King Institute of Preventive Medicine Micro-Biological Section reports 1909-11
Year: 1909
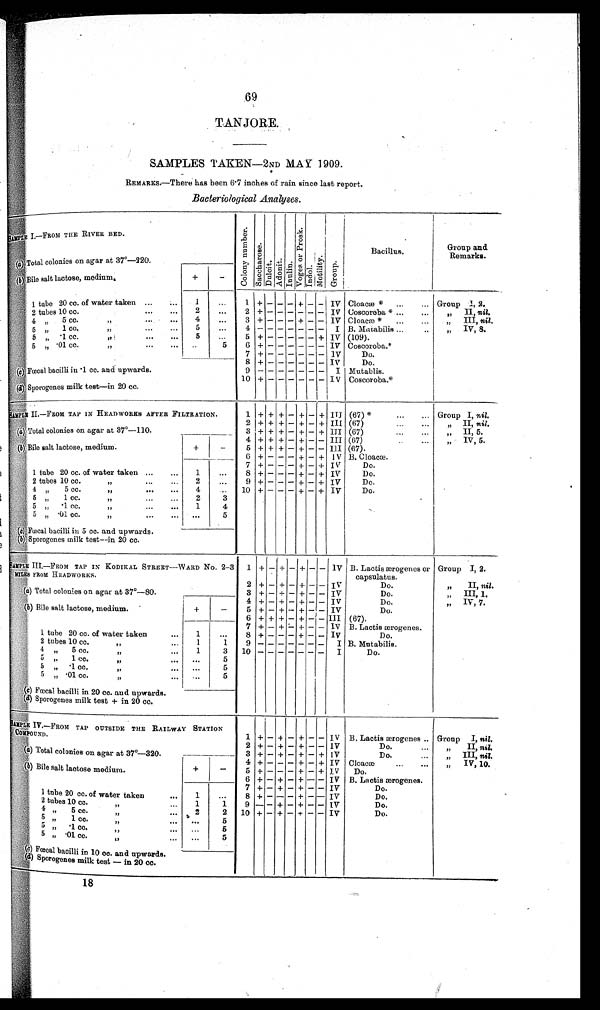
69
TANJORE.
SAMPLES TAKEN—2ND MAY 1909.
REMARKS.—There has been 6.7 inches of rain since last report.
Bacteriological Analyses.
SAMPLE I. —FROM THE RIVER BED.
C o l o n y n u m b e r .
S a c c h a r o s e .
Dul oni t . Ad o n i t . I n u l i n .
V o g e s o r P r o s k .
I ndol .
Mo t i l i t y .
G r o u p.
Bacillus.
Group an
d Remarks.
(a) Total colonies on agar at 37°—220.
(b) Bile salt lactose, medium
.
+
—
1 tube 20 cc. of water taken. ...
1
1 + — — —
+ — — IV Cloacæ * ...
... Group I, 2.
2 tubes 10 cc.
...
... 2
...
2 +
— —_———— IV Coscoroba * ...
• .
„ II, nil.
4
„
5 cc.
"
... 4
...
3 + — — — + — — IV Cloacæ * ...
...
„ III, nil.
5
„ 1 cc.
,,
...
...
5
...
4 —————— — B. Mucabilis ...
..
„ IV, 8.
5
„ .1 cc.
" ... ...
5
...
5 + + ———— + IV (109).
5
„ . 0 1 c c .
" ...
...
... ..
5
6 + —————— IV Coscoroba.*
7 + —+‘ — ————— IV
Do.
8 + ‘—————— IV
Do.
(c) Fœcal bacilli in .1 cc. and upwards.
9 ——————— I Mutablis.
10 +
—
—————
IV Coscoroba.*
(d ) Sporogenes milk test—in 20 cc.
S A M P L EI I . — F R O M T A P I N H E A D W O R K S A F T E R F I L T R A T I O N .
1 + + + — + — + III (67) *
...
... Group I, nil.
2 + + + — + — + III (67)
...
...
„ II, nil.
(a) Total colonies on agar at 37°—110.
3 + + + — + — + III (67)
II, 5.
4 + + + — + — — III (67)
..
...
„ IV, 5.
(b)Bile salt lactose, medium.
+
—
5 + + + — + — — III (67).
6 + — — — + — + IV B. Cloaæ.
7 + ———+ — + IV
Do.
1 tube 20 cc. of water taken ...
...
1
...
8 + — — — + — + IV
Do.
2 tubes 10 co.
"
...
...
2
...
9 + — — — + — + IV
Do.
4 "
5 cc.
"
...
...
4
.. 10 + — — — + — + IV
Do.
5 „ 1 cc.
"
...
...
2
3
5 " .1 cc.
"
,..
... 1
4
5 „ .01 cc.
"
,..
...
5
(c) Fœcal bacilli in 5 co. and upwards.
(b )Sporogenes milk test—in 20 cc.
S A M P L E I I I . — F R O M T A P I N K O D I K A L S T R E E T — W A R D No. 2–3
M I L E SF R O M H E A D W O R K S .
1 + — + — + — — IVB. Lactis ærogenes or
capsulatus.
Group I,2.
2 + — + — + — — IV
Do.
„ II, nil.
(
a
. )T
o t a l
c o l o n i e s
o na
g a r a t
3 7°— 8 0 .
3 + — + — + — — IV
Do.
,, III, 1
4 + — + — + — — IV
Do.
„ IV, 7
(b) Bile salt lactose, medium.
+
—
5 + — + —+ — — IV
Do.
6 + + + — + — — III (67).
7 + — + — + — — IV B. Lactiis ærogenes.
1 tube 20 cc. of water taken
... 1
...
8 + — — — + — — Iv
Do.
2 tubes 10 cc
"
...
1
1
9 ——————— I B. Mutabilis.
4 „ 5 cc
,,
...
1 3 10 ——————— I
Do.
5 " 1 cc.
"
. . .
. . . 5
5 " .1 cc
"
. . . •••
5
5
„
.01 cc.
"
••• •••
5
(e ) Fœcal bacilli in 20 cc. and upwards.
(d) Sporogenes milk test + in 20 cc.
S A M P L EIV.—FROM TAP OUTSIDE THE RAILWAY STATION
C O M P O U N D
1 + — + — + — — IV B. Lactis ærogenes .. Group I, nil.
2 + — + — —+ -- IV
Do.
"
II, nil
(a ) Total colonies on agar at 37°—320
3 + — + — + — + IV
Do.
"
III, nil.
4 + — — — + — + IV Cloacæ ..
"
IV, 10.
(b) Bile salt lactose medium.
+
—
5 + — — — + — + IV Do.
6 + — + — + — — IV B. Lactis ærogenes.
7 + — + — + — — IV
Do.
1 tube 20 cc. of water taken••. 1
...
8 + — — — + — -- IV
Do.
2 tubes 10 cc.
"
...
1
1
9 — + — + — — IV
Do.
4 ,, 5 cc.
"
..
2
2 10 + — + — + — — IV
Do.
5 " 1 cc
"
.. •••
5
5 " .1 cc
" ..
...
5
5 ,, .01 cc
"
... ...
5
( c) Fœoal bacilli in 10 cc. and upwards.
( d ) S p o r o g e n e s
m i l k
t e s t — i n 2 0 c c .
18